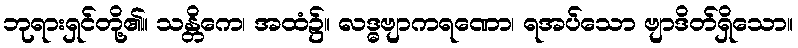
ဘုရားရှင်တို့၏။ သန္တိကေ၊ အထံ၌။ လဒ္ဓဗျာကရဏော၊ ရအပ်သော ဗျာဒိတ်ရှိသော။